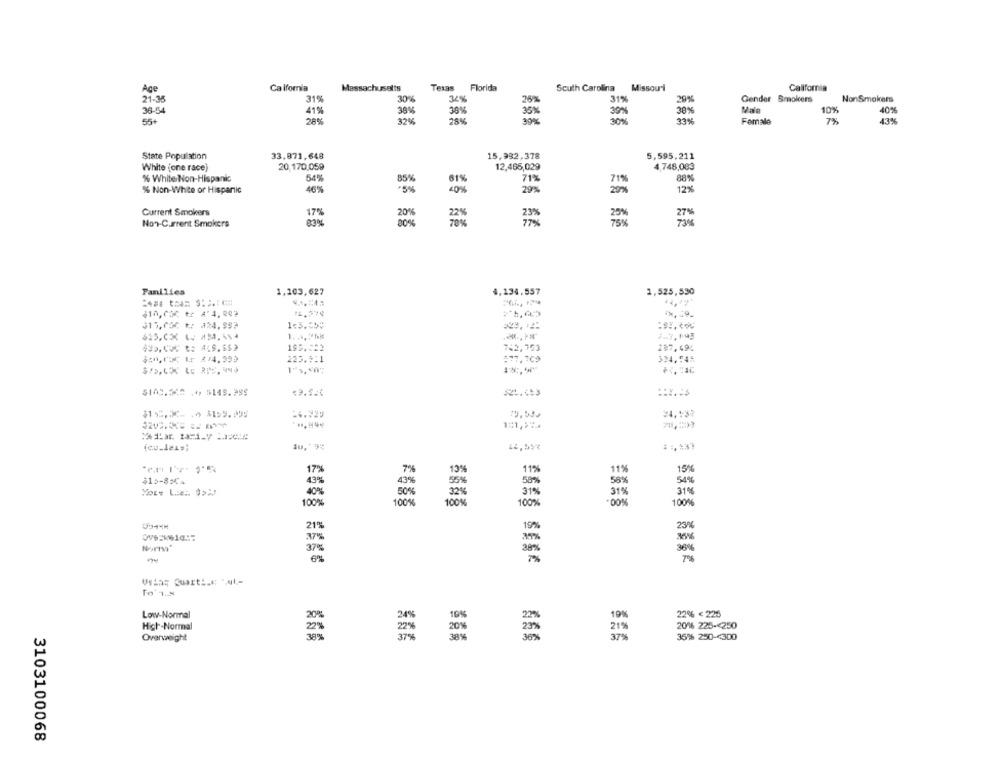
Age
Calfornia
Massachusetts
Texas Florida
South Carolina
Missouri
California
21-35
31%
30%
31%
Gender Smokers
Non Smokers
36-54
41%
36%
30%
Vale
10%
40%
55+
28%
32%
28%
30%
Female
7%
43%
State Population
33.871,648
15,992,378
5,595,211
White (one race)
20,170,059
12,465,029
4.748,083
% White Non-Hispanic
54%
85%
81%
71%
88%
% Non-White or Hispanic
46%
-5%
40%
29%
12%
Current Smokers
17%
Non-Current Smokers
83%
Families
1,103,627
4,134.557
1.525,530
$10,000 tr A'4,20?
11,570
$15,036 t: #24.992
1. .. ***
2.7, Fu3
742,753
287.494
$=0,00F & #14.990
223.9:1
877,309
334.545
$100.512 .4 5149.999
#24.453
24.537
44,59%
******
17%
7%
13%
11%
11%
15%
$15-854
43%
55%
54%
40%
32%
31%
31%
100%
100%
100%
100%
100%
21%
19%
Norma"
To 1.X
Low-Normal
10%
22% < 225
19%
20% 225 -< 250
High-Normal
Overweight
37%
35% 250-4300
3103100068